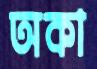
অকা